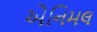
એનિમલ